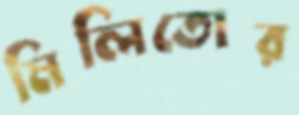
মিলিতোর